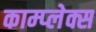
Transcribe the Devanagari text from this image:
काम्‍प्‍लेक्स